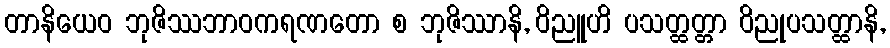
တာနိယေဝ ဘုဇိဿဘာဝကရဏတော စ ဘုဇိဿာနိ, ဝိညူဟိ ပသတ္ထတ္တာ ဝိညုပသတ္ထာနိ,